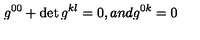
g ^ { 0 0 } + \det g ^ { k l } = 0 , a n d g ^ { 0 k } = 0